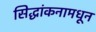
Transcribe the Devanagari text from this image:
सिद्धांकनामधून